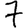
Digit: 7